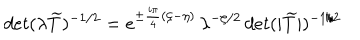
d e t ( \lambda \widetilde { T } ) ^ { - 1 / 2 } = e ^ { \pm \frac { i \pi } { 4 } ( \zeta - \eta ) } \, \lambda ^ { - \zeta / 2 } \, d e t ( | \widetilde { T } | ) ^ { - 1 / 2 }